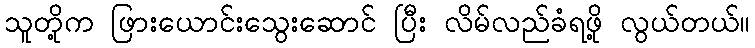
သူတို့က ဖြားယောင်းသွေးဆောင် ပြီး လိမ်လည်ခံရဖို့ လွယ်တယ်။